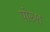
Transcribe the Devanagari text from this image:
पोरुश